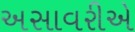
અસાવરીએ